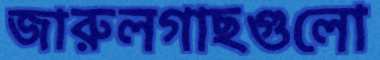
জারুলগাছগুলো